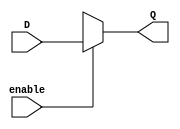
module tri_buf (enable, D, Q);

input enable;

input [15:0] D;

output reg [15:0] Q;

always@(*) begin

Q = enable ? D: 16'bx;

end

endmodule